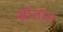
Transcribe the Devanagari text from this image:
स्रोतांत